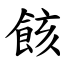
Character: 䬵